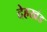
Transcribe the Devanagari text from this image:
देहखंड